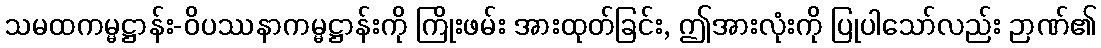
သမထကမ္မဋ္ဌာန်း-ဝိပဿနာကမ္မဋ္ဌာန်းကို ကြိုးဖမ်း အားထုတ်ခြင်း, ဤအားလုံးကို ပြုပါသော်လည်း ဉာဏ်၏